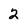
Character: 2